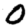
Digit: 0